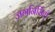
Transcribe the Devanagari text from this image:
जगनिर्मिती